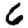
Digit: 6